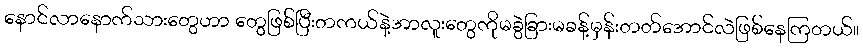
နောင်လာနောက်သားတွေဟာ တွေဖြစ်ပြီးတကယ်နဲ့အာလူးတွေကိုမခွဲခြားမခန့်မှန်းတတ်အောင်လဲဖြစ်နေကြတယ်။